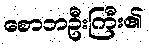
စောဘဦးကြီး၏